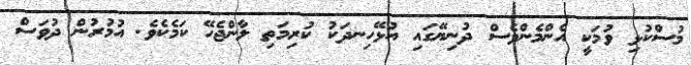
މުސްކުޅި ވުމަކީ އެންމެންވެސް ދުނިޔޭގައި އުޅޭހިނދަކު ކުރިމަތި ލާންޖެހޭ ކަމެކެވެ. އުމުރުން ދުވަސް